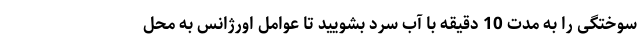
سوختگی را به مدت 10 دقیقه با آب سرد بشویید تا عوامل اورژانس به محل